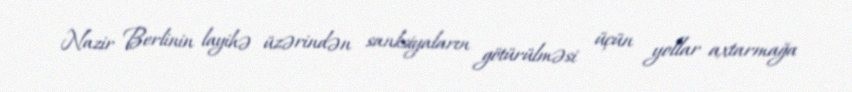
Nazir Berlinin layihə üzərindən sanksiyaların götürülməsi üçün yollar axtarmağa